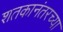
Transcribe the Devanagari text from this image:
शतकानंतरच्या